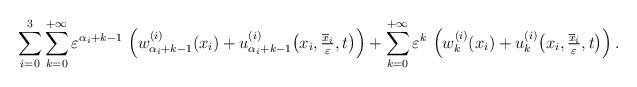
LaTeX: \begin{align*} \sum_{i=0}^{3}\sum\limits_{k=0}^{+\infty} \varepsilon^{\alpha_i +k -1 } \, \left(w_{\alpha_i +k -1}^{(i)} (x_i) + u_{\alpha_i +k -1}^{(i)} \big( x_i, \tfrac{\overline{x}_i}{\varepsilon}, t \big) \right)+ \sum\limits_{k=0}^{+\infty} \varepsilon^{k} \, \left(w_{k}^{(i)} (x_i) + u_{k}^{(i)} \big( x_i, \tfrac{\overline{x}_i}{\varepsilon}, t \big) \right).\end{align*}